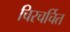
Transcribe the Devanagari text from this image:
चिरचर्चित